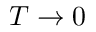
T \rightarrow 0